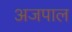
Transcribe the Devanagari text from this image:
अजपाल